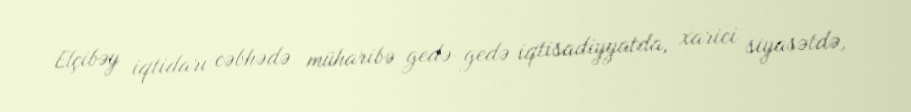
Elçibəy iqtidarı cəbhədə müharibə gedə-gedə iqtisadiyyatda, xarici siyasətdə,